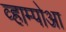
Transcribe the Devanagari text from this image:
व्हाम्पोआ